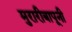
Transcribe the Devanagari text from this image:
मुरारीबापूनी